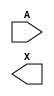
/**
 * Copyright 2020 The SkyWater PDK Authors
 *
 * Licensed under the Apache License, Version 2.0 (the "License");
 * you may not use this file except in compliance with the License.
 * You may obtain a copy of the License at
 *
 *     https://www.apache.org/licenses/LICENSE-2.0
 *
 * Unless required by applicable law or agreed to in writing, software
 * distributed under the License is distributed on an "AS IS" BASIS,
 * WITHOUT WARRANTIES OR CONDITIONS OF ANY KIND, either express or implied.
 * See the License for the specific language governing permissions and
 * limitations under the License.
 *
 * SPDX-License-Identifier: Apache-2.0
 */

`ifndef SKY130_FD_SC_HD__LPFLOW_LSBUF_LH_ISOWELL_SYMBOL_V
`define SKY130_FD_SC_HD__LPFLOW_LSBUF_LH_ISOWELL_SYMBOL_V

/**
 * lpflow_lsbuf_lh_isowell: Level-shift buffer, low-to-high, isolated
 *                          well on input buffer, no taps,
 *                          double-row-height cell.
 *
 * Verilog stub (without power pins) for graphical symbol definition
 * generation.
 *
 * WARNING: This file is autogenerated, do not modify directly!
 */

`timescale 1ns / 1ps
`default_nettype none

(* blackbox *)
module sky130_fd_sc_hd__lpflow_lsbuf_lh_isowell (
    //# {{data|Data Signals}}
    input  A,
    output X
);

    // Voltage supply signals
    wire    LOWLVPWR;
    supply1 VPWR    ;
    supply0 VGND    ;
    supply1 VPB     ;
    supply0 VNB     ;

endmodule

`default_nettype wire
`endif  // SKY130_FD_SC_HD__LPFLOW_LSBUF_LH_ISOWELL_SYMBOL_V